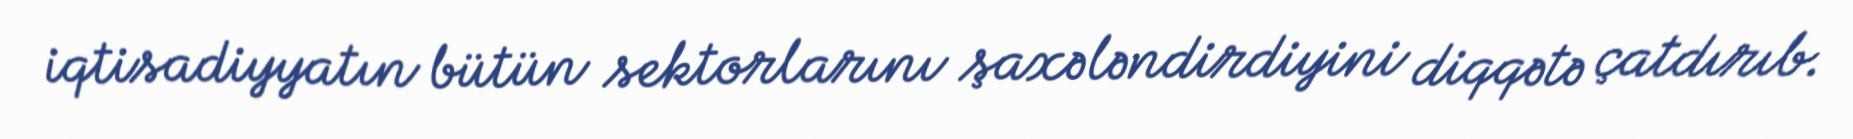
iqtisadiyyatın bütün sektorlarını şaxələndirdiyini diqqətə çatdırıb.